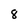
Character: 8